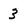
Character: 3